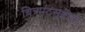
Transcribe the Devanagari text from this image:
चित्रपटसृष्टीही